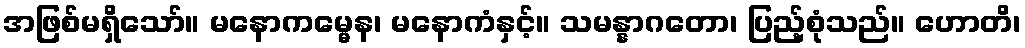
အဖြစ်မရှိသော်။ မနောကမ္မေန၊ မနောကံနှင့်။ သမန္နာဂတော၊ ပြည့်စုံသည်။ ဟောတိ၊